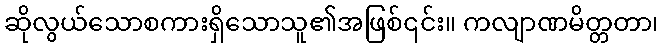
ဆိုလွယ်သောစကားရှိသောသူ၏အဖြစ်၎င်း။ ကလျာဏမိတ္တတာ၊